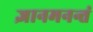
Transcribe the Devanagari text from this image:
ज्ञानमनन्तं